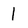
Character: I